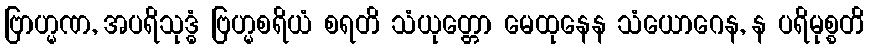
ဗြာဟ္မဏ, အပရိသုဒ္ဓံ ဗြဟ္မစရိယံ စရတိ သံယုတ္တော မေထုနေန သံယောဂေန, န ပရိမုစ္စတိ